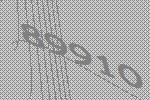
89910